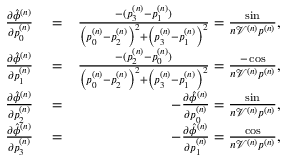
\begin{array} { r l r } { \frac { \partial \hat { \phi } ^ { ( n ) } } { \partial p _ { 0 } ^ { ( n ) } } } & { { } = } & { \frac { - ( p _ { 3 } ^ { ( n ) } - p _ { 1 } ^ { ( n ) } ) } { \left( p _ { 0 } ^ { ( n ) } - p _ { 2 } ^ { ( n ) } \right) ^ { 2 } + \left( p _ { 3 } ^ { ( n ) } - p _ { 1 } ^ { ( n ) } \right) ^ { 2 } } = \frac { \sin } { n \mathcal { V } ^ { ( n ) } p ^ { ( n ) } } , } \\ { \frac { \partial \hat { \phi } ^ { ( n ) } } { \partial p _ { 1 } ^ { ( n ) } } } & { { } = } & { \frac { - ( p _ { 2 } ^ { ( n ) } - p _ { 0 } ^ { ( n ) } ) } { \left( p _ { 0 } ^ { ( n ) } - p _ { 2 } ^ { ( n ) } \right) ^ { 2 } + \left( p _ { 3 } ^ { ( n ) } - p _ { 1 } ^ { ( n ) } \right) ^ { 2 } } = \frac { - \cos } { n \mathcal { V } ^ { ( n ) } p ^ { ( n ) } } , } \\ { \frac { \partial \hat { \phi } ^ { ( n ) } } { \partial p _ { 2 } ^ { ( n ) } } } & { { } = } & { - \frac { \partial \hat { \phi } ^ { ( n ) } } { \partial p _ { 0 } ^ { ( n ) } } = \frac { \sin } { n \mathcal { V } ^ { ( n ) } p ^ { ( n ) } } , } \\ { \frac { \partial \hat { \phi } ^ { ( n ) } } { \partial p _ { 3 } ^ { ( n ) } } } & { { } = } & { - \frac { \partial \hat { \phi } ^ { ( n ) } } { \partial p _ { 1 } ^ { ( n ) } } = \frac { \cos } { n \mathcal { V } ^ { ( n ) } p ^ { ( n ) } } , } \end{array}